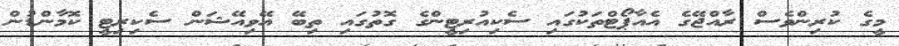
މީގެ ކުރިންވެސް ރާއްޖޭގެ އެއާޕޯޓްތަކުގައި ސެކިއުރިޓީންގެ ގޮތުގައި ތިބޭ އޭވިއޭޝަން ސެކިރިޓީ ކޮމާންޑުން